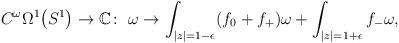
LaTeX: \begin{gather*}C^{\omega}\Omega^{1}\big(S^1\big)\to \mathbb C\colon \ \omega\to \int_{\vert z\vert=1-\epsilon}(f_0+f_+)\omega+\int_{\vert z\vert=1+\epsilon}f_-\omega,\end{gather*}